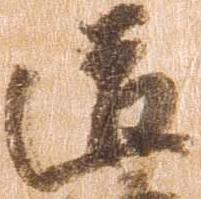
道